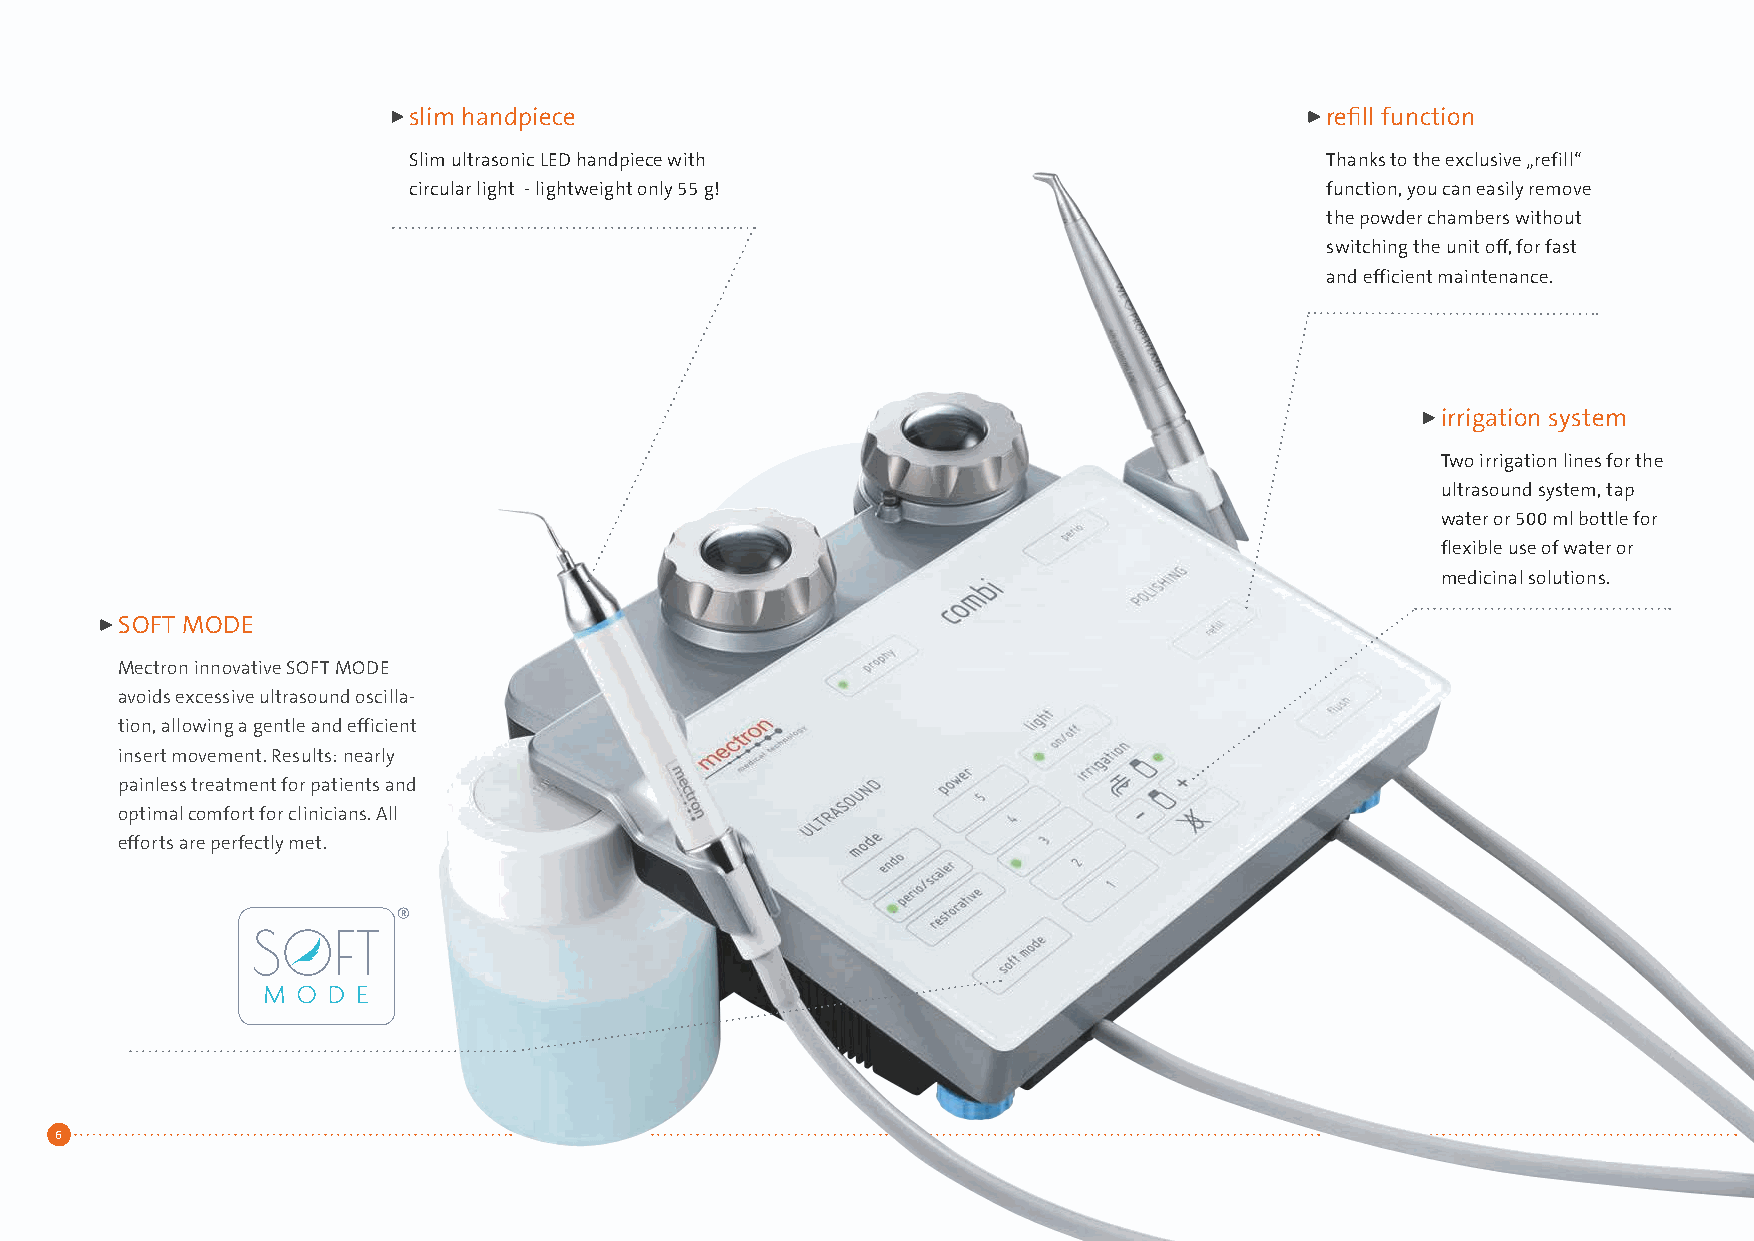
slim handpiece                                               refill function
 Slim ultrasonic LED handpiece with                           Thanks to the exclusive „refill“
 circular light - lightweight only 55 g!                      function, you can easily remove
 the powder chambers without
 switching the unit off, for fast
 and efficient maintenance.
 irrigation system
 Two irrigation lines for the
 ultrasound system, tap
 water or 500 ml bottle for
 flexible use of water or
 medicinal solutions.
 SOFT MODE
 Mectron innovative SOFT MODE
 avoids excessive ultrasound oscilla-
 tion, allowing a gentle and efficient
 insert movement. Results: nearly
 painless treatment for patients and
 optimal comfort for clinicians. All
 efforts are perfectly met.
 6